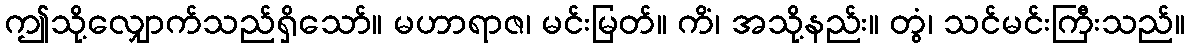
ဤသို့လျှောက်သည်ရှိသော်။ မဟာရာဇ၊ မင်းမြတ်။ ကိံ၊ အသို့နည်း။ တွံ၊ သင်မင်းကြီးသည်။